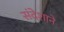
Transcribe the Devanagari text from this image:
संदेशाने